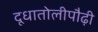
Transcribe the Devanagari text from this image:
दूधातोलीपौढ़ी